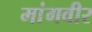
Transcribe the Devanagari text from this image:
मांगवीर